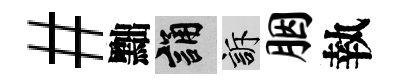
#黜誦訴胭執